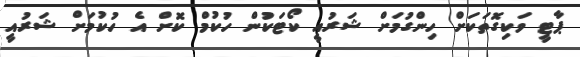
ޕާޓީ ވަކިގޮތަކަށް ހިންގުމަށް ޝަރުއީ ކޯޓަކުން ހުކުމް ކޮށް އެ ހުކުމަށް ޝަރުއީ